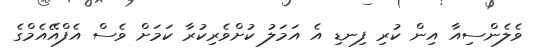
ވެލެންސިއާ އިން ކުރި ފިނޑި އެ އަމަލު ކުށްވެރިކުރާ ކަމަށް ވެސް އެފްއޭއެމްގެ